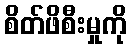
စိတ်ဖိစီးမှုကို